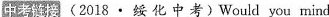
中考链撄(2018·绥 化 中考)Would you mind